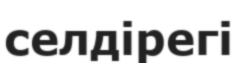
селдірегі